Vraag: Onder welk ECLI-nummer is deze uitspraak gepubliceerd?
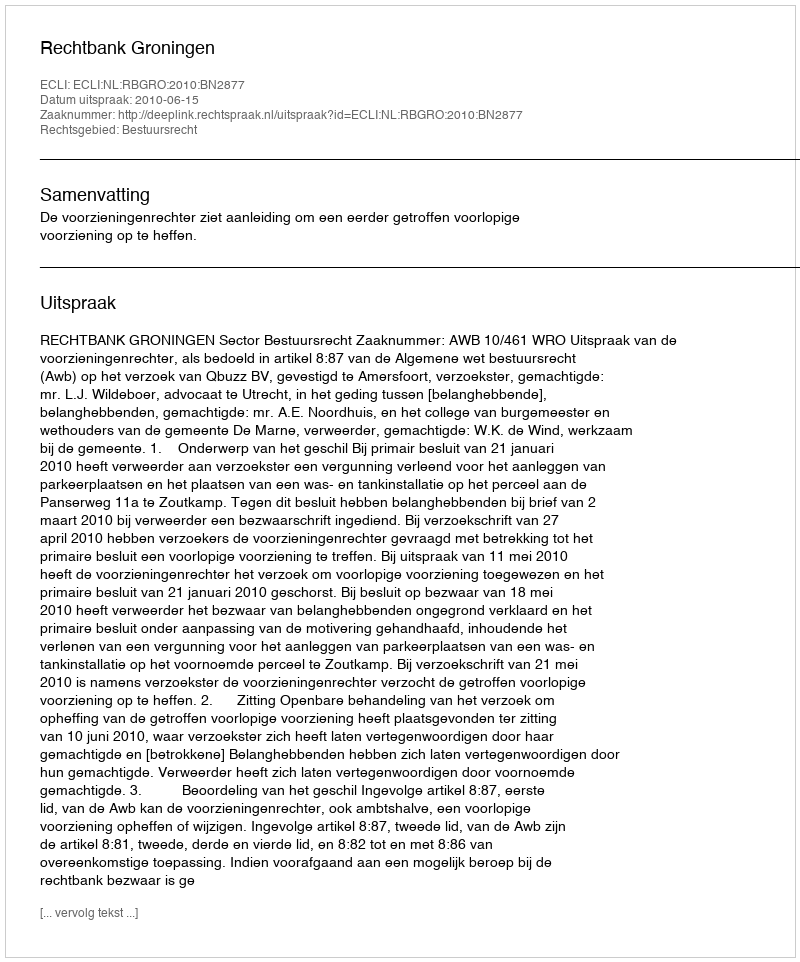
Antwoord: ECLI:NL:RBGRO:2010:BN2877